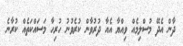
ދާން އެދޭ މުސްލިމެއް ވިއްޔާ އެއާ ދުރުވާން ކުރެވުނު ހުރިހާ މަސައްކަތެއް ކުރާނެ